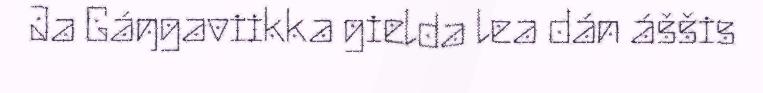
Ja Gáŋgaviikka gielda lea dán áššis